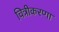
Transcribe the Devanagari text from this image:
चित्रीकरणा